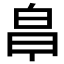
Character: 𭽒